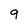
Character: 9